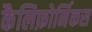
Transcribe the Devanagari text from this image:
कैलिफ़ोर्निकस